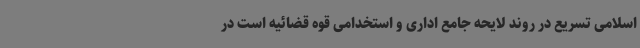
اسلامی تسریع در روند لایحه جامع اداری و استخدامی قوه قضائیه است در